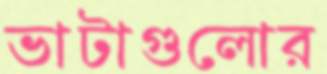
ভাটাগুলোর